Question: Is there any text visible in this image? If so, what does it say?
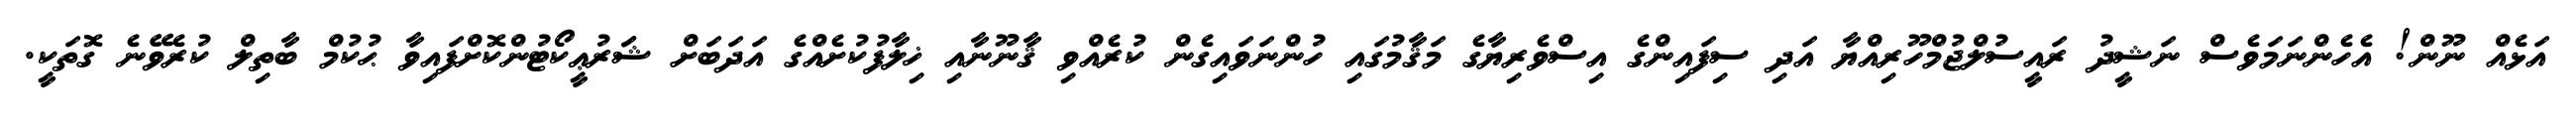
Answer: އަޅެއް ނޫން! އެހެންނަމަވެސް ނަޝީދު ރައީސުލްޖުމްހޫރިއްޔާ އަދި ސިފައިންގެ އިސްވެރިޔާގެ މަޤާމުގައި ހުންނަވައިގެން ކުރެއްވި ޤާނޫނާއި ޚިލާފުކުށެއްގެ އަދަބަށް ޝަަރުޢީކޯޓުންކޮށްފައިވާ ޙުކުމް ބާތިލް ކުރެވޭނެ ގޮތަކީ.